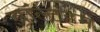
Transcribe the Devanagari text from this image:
वॉल्टहम